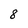
Character: 8